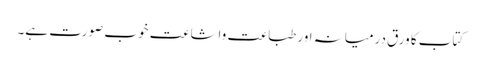
کتاب کا ورق درمیانہ اور طباعت واشاعت خوب صورت ہے۔